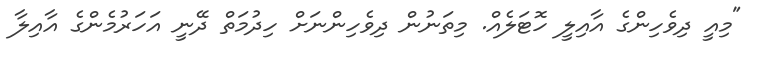
"މިއީ ދިވެހިންގެ އާއިލީ ހޮޓަލެއް. މިތަނުން ދިވެހިންނަށް ހިދުމަތް ދޭނީ އަހަރުމެންގެ އާއިލާ